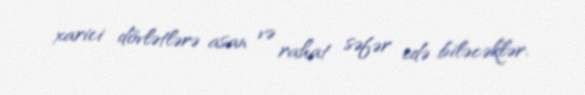
xarici dövlətlərə asan və rahat səfər edə biləcəklər.